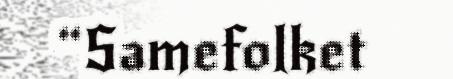
“Samefolket